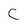
Character: C